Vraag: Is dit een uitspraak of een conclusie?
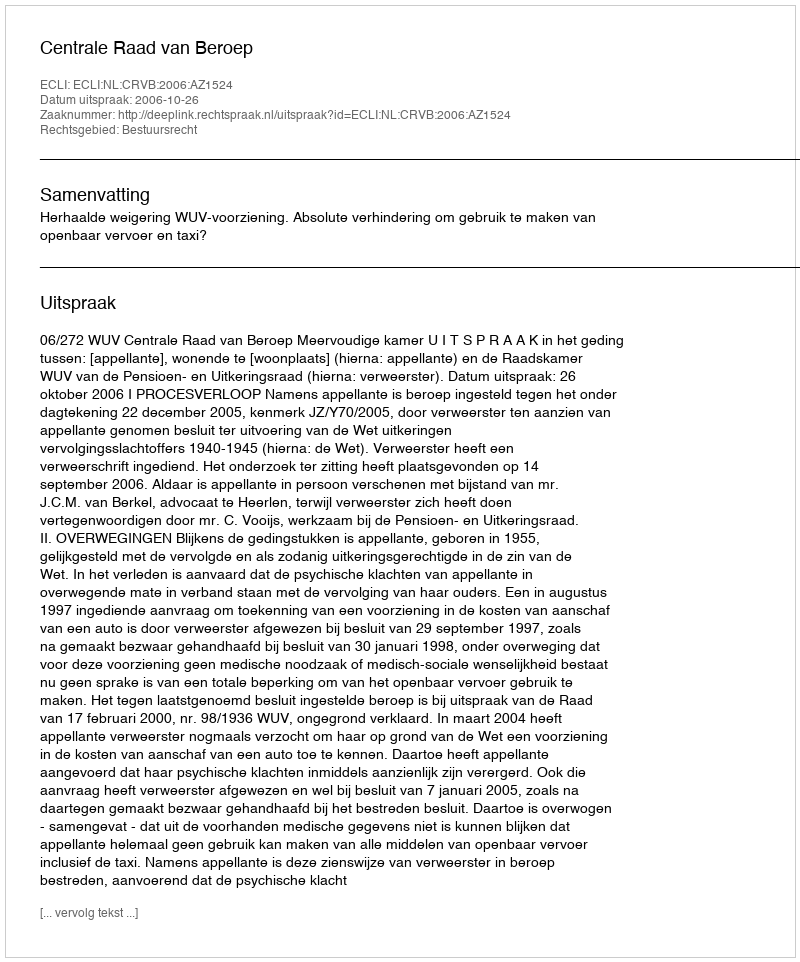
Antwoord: Uitspraak